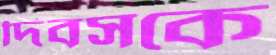
দিবসকে